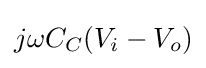
{\textstyle j\omega C_{C}(V_{i}-V_{o})}